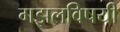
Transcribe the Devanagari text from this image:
गझलविषयी